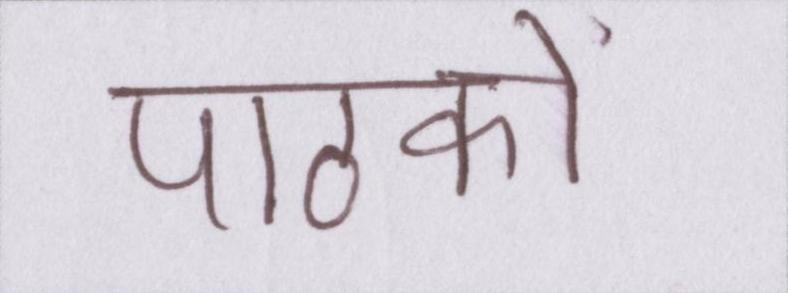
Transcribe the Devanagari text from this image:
पाठकों